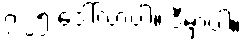
၇.၂၅ ဒေါ်လာပါ။ ဒီမှာပါ။